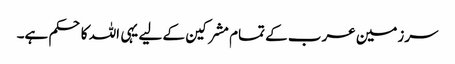
سرزمین عرب کے تمام مشرکین کے لیے یہی اللہ کا حکم ہے۔